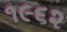
૧૯૬૨